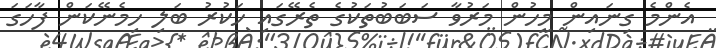
އެންމެ ގިނައިން މީހުން މަރުވާ ސަބަބުތަކުގެ ތެރޭގައި ހަކުރު ބަލި ހިމެނޭކަން ފާހަގަ